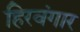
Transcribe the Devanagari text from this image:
हिरवंगार